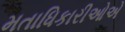
મતાધિકારીઓએ